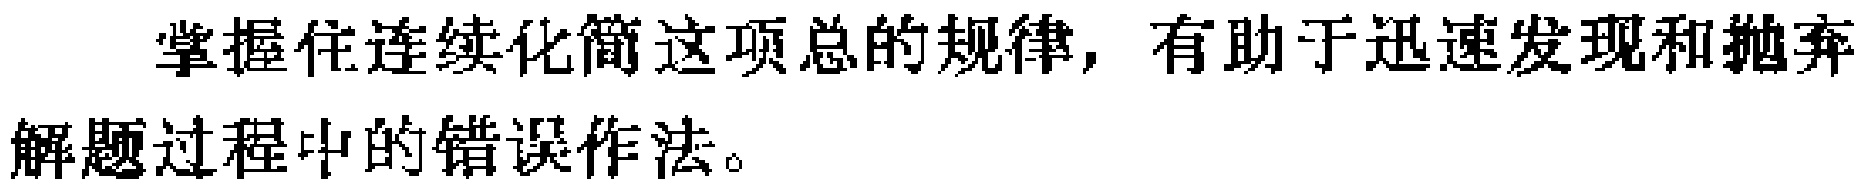
掌握住连续化简这项总的规律，有助于迅速发现和抛弃解题过程中的错误作法。